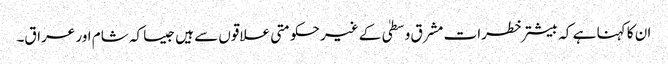
ان کا کہنا ہے کہ بیشتر خطرات مشرق وسطیٰ کے غیر حکومتی علاقوں سے ہیں جیسا کہ شام اور عراق۔